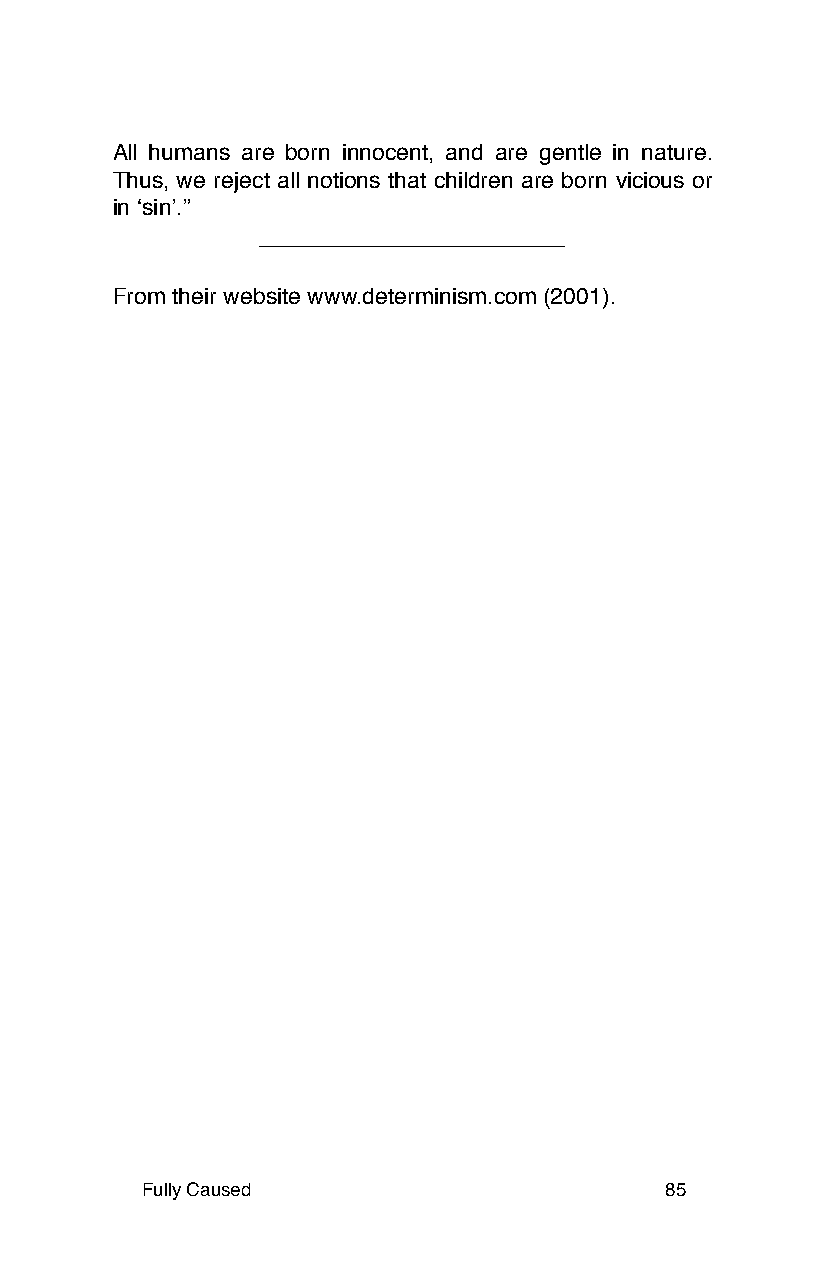
All humans are born innocent, and are gentle in nature.
 Thus, we reject all notions that children are born vicious or
 in ʻsinʼ.”
 From their website www.determinism.com (2001).
 Fully Caused                       85